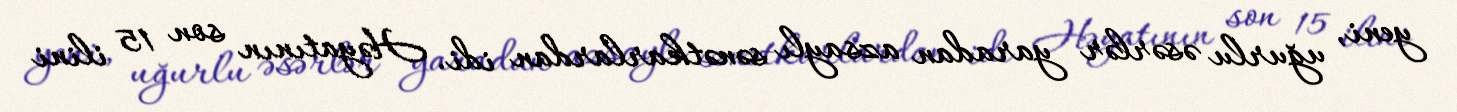
yeni, uğurlu əsərlər yaradan azsaylı sənətkarlardan idi. Həyatının son 15 ilini